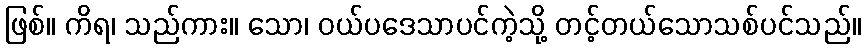
ဖြစ်။ ကိရ၊ သည်ကား။ သော၊ ဝယ်ပဒေသာပင်ကဲ့သို့ တင့်တယ်သောသစ်ပင်သည်။